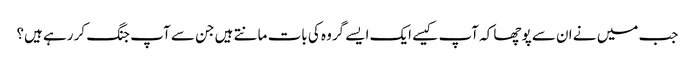
جب میں نے ان سے پوچھا کہ آپ کیسے ایک ایسے گروہ کی بات مانتے ہیں جن سے آپ جنگ کر رہے ہیں؟